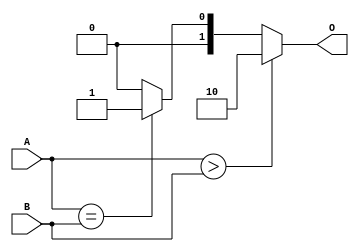
module comp (input [2:0] A,
             input [2:0] B,
             output [1:0] O);
assign O = (A > B) ? 2'd2 : (A == B) ? 2'd1 : 2'd0;
endmodule

module testbench;
    reg [2:0] a, b;
    wire [1:0] out;
    
    initial begin
        $monitor("A:%d B:%d O:%d", a, b, out);
        a <= 3'd0;
        b <= 3'd2;
        #3 $finish;
    end
    
    always begin
        #1 a <= a + 3'd1;
        #1 b <= b - 3'd1;
    end
    
    comp inst0 (a, b, out);
endmodule